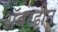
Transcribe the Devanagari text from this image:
अॅबरडीन